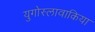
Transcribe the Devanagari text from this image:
युगोस्लावाकिया